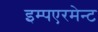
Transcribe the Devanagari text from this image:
इम्पएरमेन्ट